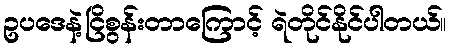
ဥပဒေနဲ့ငြိစွန်းတာကြောင့် ရဲတိုင်နိုင်ပါတယ်။